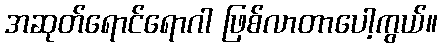
အဆုတ်ရောင်ရောဂါ ဖြစ်လာတာပေါ့ကွယ်။